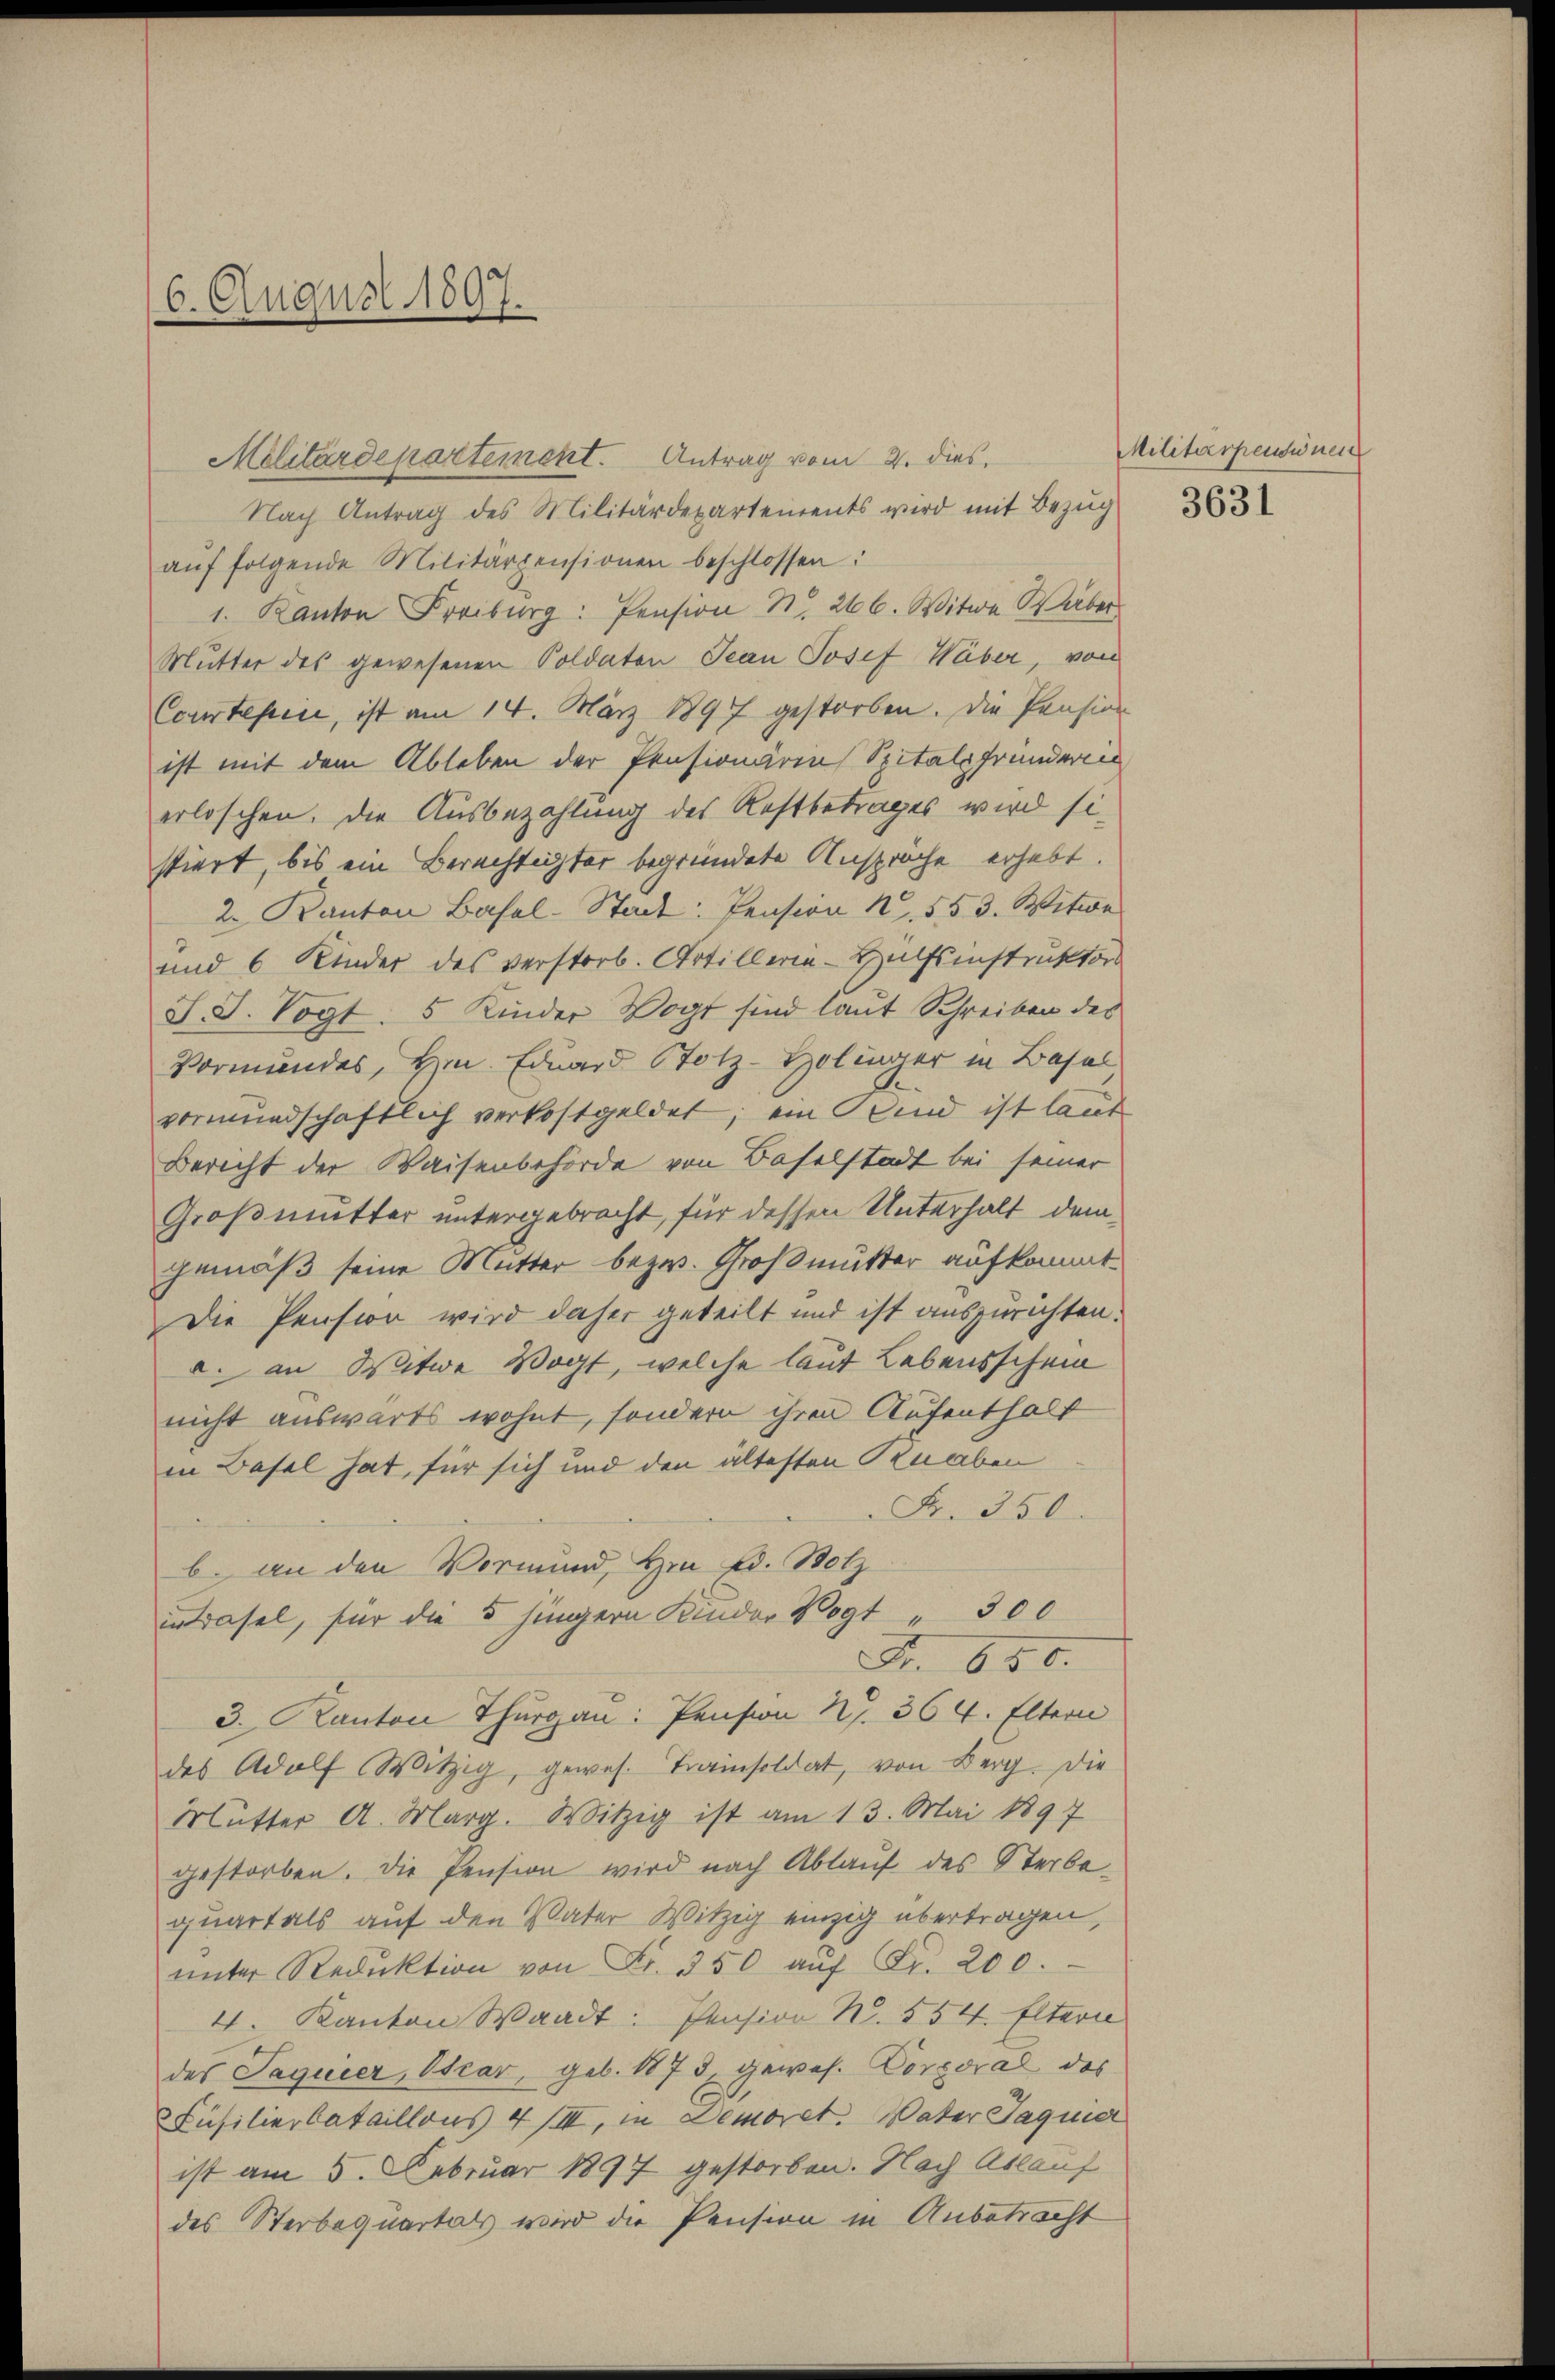
6. August 1897.

Militärdepartement. Antrag vom 2. dies

aŭf folgende Militärpensionen beschlossen:
1. Kanton Freiburg: Pension d. 266. Witwe Weber
Mutter des gewesenen Soldaten Jean Josef Wäber, von
Courtefen, ist am 14. März 1897 gestorben. Die Pension
ist mit dem Ableben der Pensionärins Spitalpfrunderen
erloschen. Die Ausbezahlung des Restbetrages wird sie
stiert, bis ein Berechtigter begründete Ansprache erhebt.
2. Kanton Basel-Stadt: Pension N. 553. Witwe
und 6 Kinder des verstorb. Artillerie-Hülfsinstruktor
J. J. Vogt. 5 Kinder Vogt sind laut Schreiben des
Vormundes, Hrn. Eduard Stotz-Holinger in Basel
vormundschaftlich verkostgeldet; ein Sind ist laut
Bericht der Waisenbehörde von Baselstadt bei seiner
Großmutter untergebracht, für dessen Unterhalt demgemäß seine Mutter bezw. Großmutter aufkommt.
Die Pension wird daher geteilt und ist auszurichten.
c. an Witwe Vogt, welche laut Lebensschein
nicht auswärts wohnt, sondern ihren Aufenthalt
in Basel hat, für sich und den ältesten Knaben
Fr. 350
b. an den Vormund, Hrn. Ed. Betz
intrasel, für die 5 jüngern Kinder Vogt " 300
Fr. 650.
3. Kanton Thurgau: Pension Nr. 364. Eltern
des Adolf Witzig, gewes. Trainsoldat, von Berg. Die
Mutter A. Marg. Witzig ist am 13. Mai 1897
gestorben. Die Pension wird nach Ablauf des Sterbequartals auf den Vater Witzig einzig übertragen,
unter Reduktion von Fr. 350 aŭf Fr. 200.
4. Kanton Waadt: Pension N. 554. Eltern
des Saguier, Orar, geb. 1873, gewes. Corporal des
Füsilierbataillons 4/III, in Demoret. Vater Jaquier
ist am 5. Februar 1897 gestorben. Nach Ablauf
des Sterbequartals wird die Pension in Anbetracht

Nach Antrag des Militärdepartements wird mit Bezug

Militärpendinen
3631